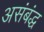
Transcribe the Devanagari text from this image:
असंबंद्ध